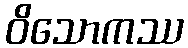
ဝိသောကဿ